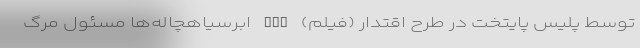
توسط پلیس پایتخت در طرح اقتدار (فیلم) nan ابرسیاهچاله‌ها مسئول مرگ